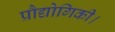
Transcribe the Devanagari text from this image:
प्रौद्योगिकी।